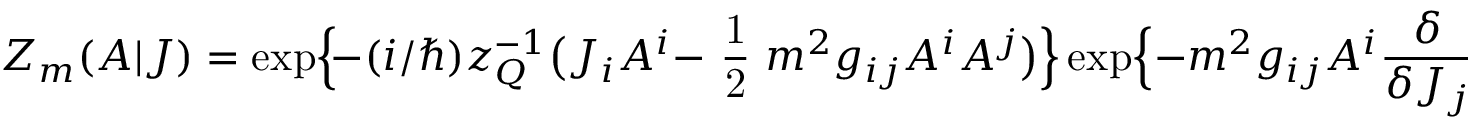
Z _ { m } ( A | J ) = \mathrm { e x p } \Bigr \{ \! - ( i / \hbar ) z _ { Q } ^ { - 1 } \bigr ( J _ { i } A ^ { i } - \mathrm { ~ \frac { 1 } { 2 } ~ } m ^ { 2 } g _ { i j } A ^ { i } A ^ { j } \bigr ) \Bigr \} \, \mathrm { e x p } \Bigr \{ - m ^ { 2 } g _ { i j } A ^ { i } \frac { \delta } { \delta J _ { j } } \Bigr \} Z _ { m } ( 0 | J ) .